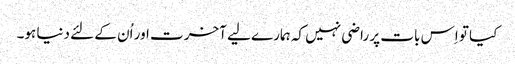
کیا تو اِس بات پر راضی نہیں کہ ہمارے لیے آخرت اور اُن کے لئے دنیا ہو۔